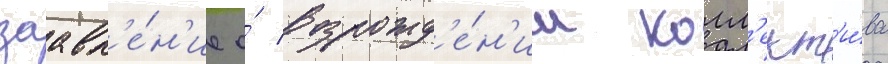
заавл'е́н'ие о́ возрожд'е́н'ии колл'ект'и́ва